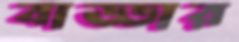
বাড্ডার